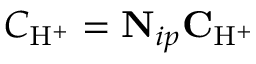
C _ { \mathrm { H } ^ { + } } = \mathbf { N } _ { i p } \mathbf { C } _ { \mathrm { H } ^ { + } }